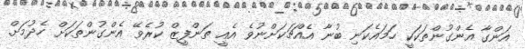
އަންގާ އެންގުންތަކަކީ ހަމައެކަނި ބުނާ އެއްޗަކަށްނުވެ އެއީ ތަންފީޒް ކުރެވޭ އެންގުންތަކަށް ހެދުމަށް.